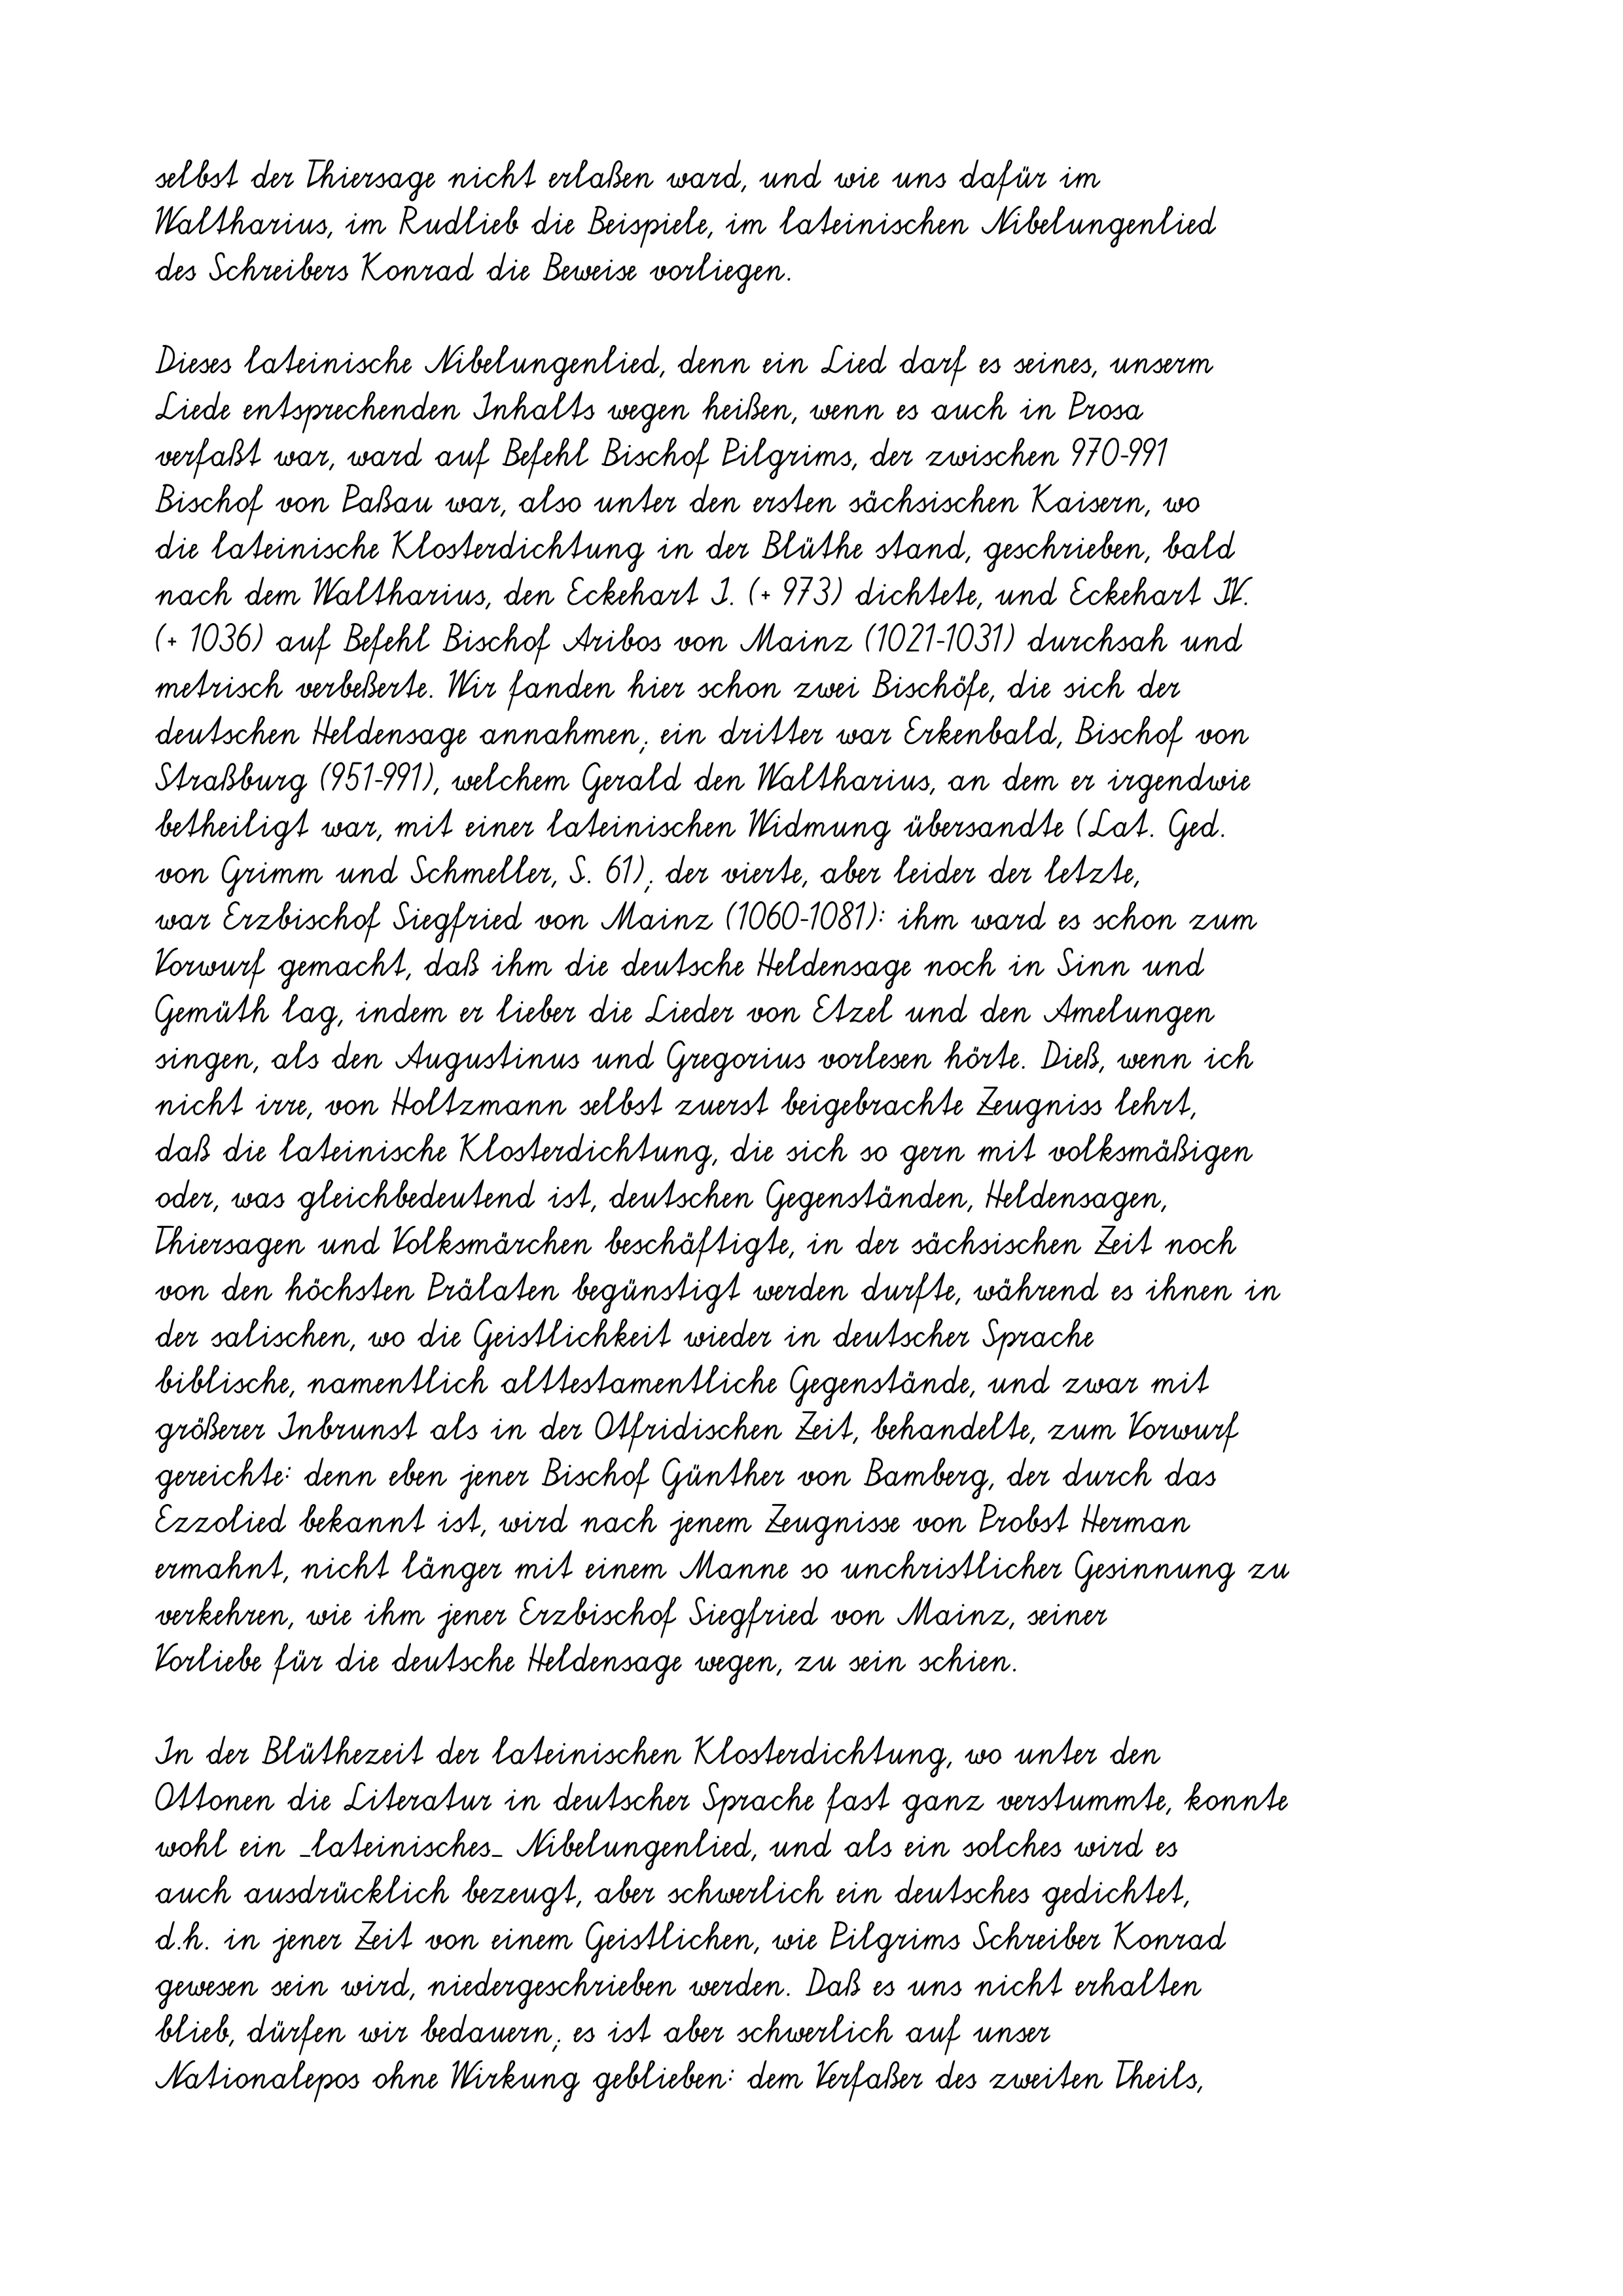
selbst der Thiersage nicht erlaßen ward, und wie uns dafür im
Waltharius, im Rudlieb die Beispiele, im lateinischen Nibelungenlied
des Schreibers Konrad die Beweise vorliegen.
Dieses lateinische Nibelungenlied, denn ein Lied darf es seines, unserm
Liede entsprechenden Inhalts wegen heißen, wenn es auch in Prosa
verfaßt war, ward auf Befehl Bischof Pilgrims, der zwischen 970-991
Bischof von Paßau war, also unter den ersten sächsischen Kaisern, wo
die lateinische Klosterdichtung in der Blüthe stand, geschrieben, bald
nach dem Waltharius, den Eckehart I. (+ 973) dichtete, und Eckehart IV.
(+ 1036) auf Befehl Bischof Aribos von Mainz (1021-1031) durchsah und
metrisch verbeßerte. Wir fanden hier schon zwei Bischöfe, die sich der
deutschen Heldensage annahmen; ein dritter war Erkenbald, Bischof von
Straßburg (951-991), welchem Gerald den Waltharius, an dem er irgendwie
betheiligt war, mit einer lateinischen Widmung übersandte (Lat. Ged.
von Grimm und Schmeller, S. 61); der vierte, aber leider der letzte,
war Erzbischof Siegfried von Mainz (1060-1081): ihm ward es schon zum
Vorwurf gemacht, daß ihm die deutsche Heldensage noch in Sinn und
Gemüth lag, indem er lieber die Lieder von Etzel und den Amelungen
singen, als den Augustinus und Gregorius vorlesen hörte. Dieß, wenn ich
nicht irre, von Holtzmann selbst zuerst beigebrachte Zeugniss lehrt,
daß die lateinische Klosterdichtung, die sich so gern mit volksmäßigen
oder, was gleichbedeutend ist, deutschen Gegenständen, Heldensagen,
Thiersagen und Volksmärchen beschäftigte, in der sächsischen Zeit noch
von den höchsten Prälaten begünstigt werden durfte, während es ihnen in
der salischen, wo die Geistlichkeit wieder in deutscher Sprache
biblische, namentlich alttestamentliche Gegenstände, und zwar mit
größerer Inbrunst als in der Otfridischen Zeit, behandelte, zum Vorwurf
gereichte: denn eben jener Bischof Günther von Bamberg, der durch das
Ezzolied bekannt ist, wird nach jenem Zeugnisse von Probst Herman
ermahnt, nicht länger mit einem Manne so unchristlicher Gesinnung zu
verkehren, wie ihm jener Erzbischof Siegfried von Mainz, seiner
Vorliebe für die deutsche Heldensage wegen, zu sein schien.
In der Blüthezeit der lateinischen Klosterdichtung, wo unter den
Ottonen die Literatur in deutscher Sprache fast ganz verstummte, konnte
wohl ein _lateinisches_ Nibelungenlied, und als ein solches wird es
auch ausdrücklich bezeugt, aber schwerlich ein deutsches gedichtet,
d.h. in jener Zeit von einem Geistlichen, wie Pilgrims Schreiber Konrad
gewesen sein wird, niedergeschrieben werden. Daß es uns nicht erhalten
blieb, dürfen wir bedauern; es ist aber schwerlich auf unser
Nationalepos ohne Wirkung geblieben: dem Verfaßer des zweiten Theils,